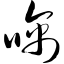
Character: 噙